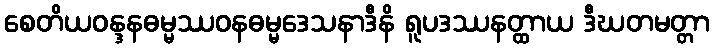
စေတိယဝန္ဒနဓမ္မဿဝနဓမ္မဒေသနာဒီနိ ရူပဒဿနတ္ထာယ ဒီဃတမတ္တာ